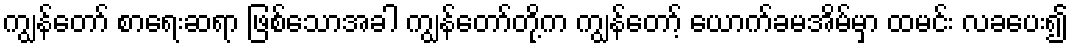
ကျွန်တော် စာရေးဆရာ ဖြစ်သောအခါ ကျွန်တော်တို့က ကျွန်တော့် ယောက်ခမအိမ်မှာ ထမင်း လခပေး၍